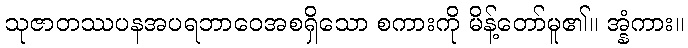
သုဇာတဿပနအပရဘာဝေအစရှိသော စကားကို မိန့်တော်မူ၏။ အ္နံကား။